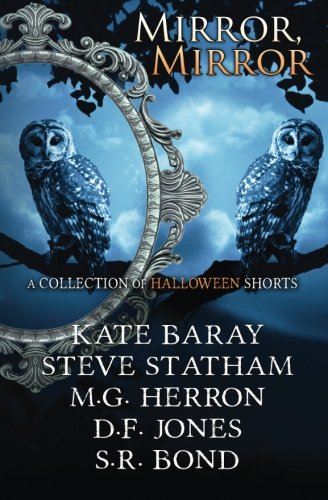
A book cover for Mirror, Mirror: A Collection of Halloween Shorts; Kate Baray; Science Fiction & Fantasy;